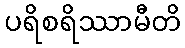
ပရိစရိဿာမီတိ